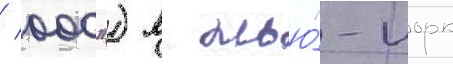
/ 000") в нью́-иорк